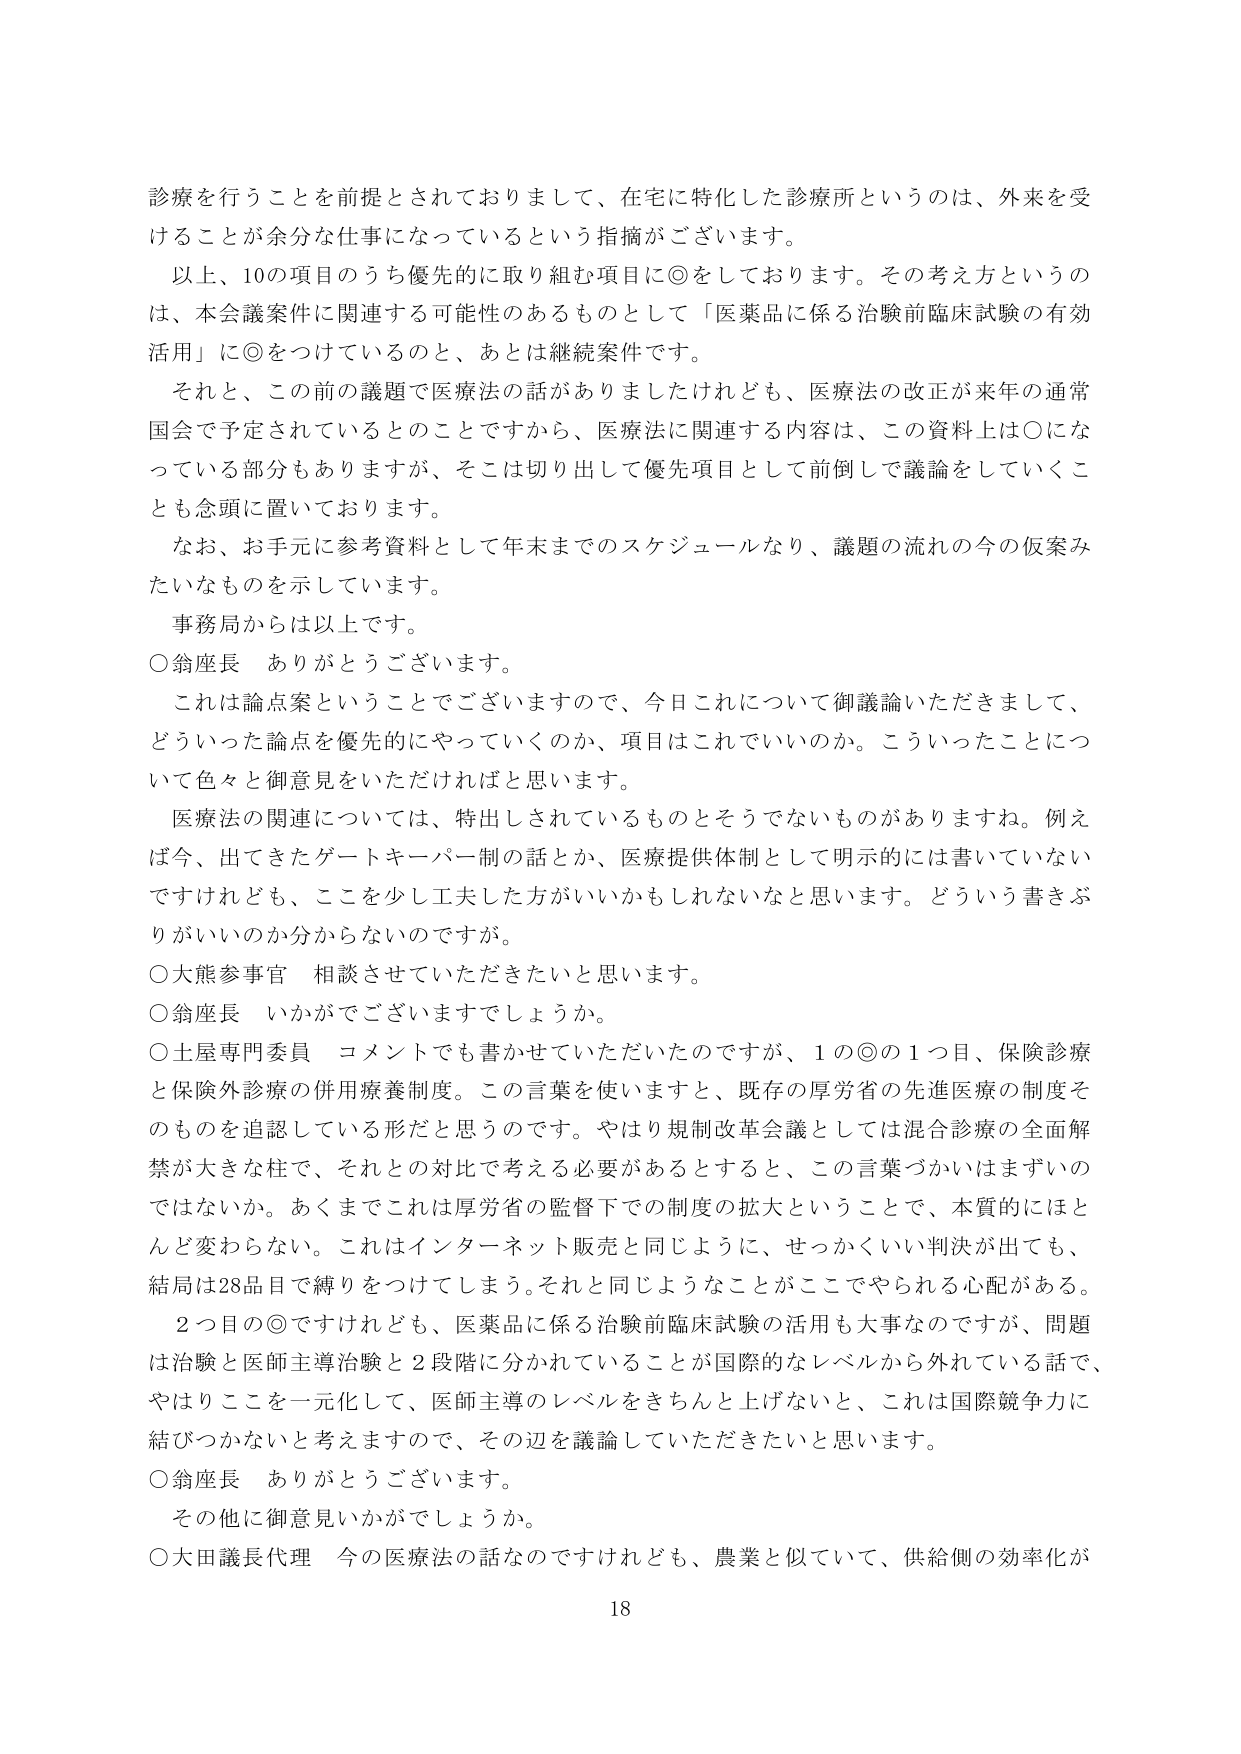
診療を行うことを前提とされておりまして、在宅に特化した診療所というのは、外来を受けることが余分な仕事になっているという指摘がございます。

以上、10の項目のうち優先的に取り組む項目に◎をしております。その考え方というのは、本会議案件に関連する可能性のあるものとして「医薬品に係る治験前臨床試験の有効活用」に◎をつけてているのと、あとは継続案件です。

それと、この前の議題で医療法の話がありましたけれども、医療法の改正が来年の通常国会で予定されているとのことですから、医療法に関連する内容は、この資料上は〇になっている部分もありますが、そこは切り出して優先項目として前倒しで議論をしていくことも念頭に置いております。

なお、お手元に参考資料として年末までのスケジュールなり、議題の流れの今の仮案みたいなものを示しています。

事務局からは以上です。

〇翁座長　ありがとうございます。

これは論点案ということでございますので、今日これについて御議論いただきまして、どういった論点を優先的にやっていくのか、項目はこれでいいのか。こういったことについて色々と御意見をいただければと思います。

医療法の関連については、特出しされているものとそうでないものがありますね。例えば今、出てきたゲートキーパー制の話とか、医療提供体制として明示的には書いていないですけれども、ここを少し工夫した方がいいかもしれないなと思います。どういう書きぶりがいいのか分からないのですが。

〇大熊参事官　相談させていただきたいと思います。

〇翁座長　いかがでございますでしょうか。

〇土屋専門委員　コメントでも書かせていただいたのですが、1の◎の1つ目、保険診療と保険外診療の併用療養制度。この言葉を使いますと、既存の厚労省の先進医療の制度そのものを追認している形だと思うのです。やはり規制改革会議としては混合診療の全面解禁が大きな柱で、それとの対比で考える必要があるとすると、この言葉づかいはまずいのではないか。あくまでこれは厚労省の監督下での制度の拡大ということで、本質的にほとんど変わらない。これはインターネット販売と同じように、せっかくいい判決が出ても、結局は28品目で縛りをつけてしまう。それと同じようなことがここでやられる心配がある。

2つ目の◎ですけれども、医薬品に係る治験前臨床試験の活用も大事なのですが、問題は治験と医師主導治験と2段階に分かれていることが国際的なレベルから外れている話で、やはりここを一元化して、医師主導のレベルをきちんと上げないと、これは国際競争力に結びつかないと考えますので、その辺を議論していただきたいと思います。

〇翁座長　ありがとうございます。

その他に御意見いかがでしょうか。

〇大田議長代理　今の医療法の話なのですがけれども、農業と似ていて、供給側の効率化が

18